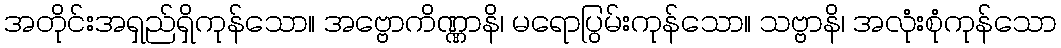
အတိုင်းအရှည်ရှိကုန်သော။ အဗ္ဗောကိဏ္ဏာနိ၊ မရောပြွမ်းကုန်သော။ သဗ္ဗာနိ၊ အလုံးစုံကုန်သော